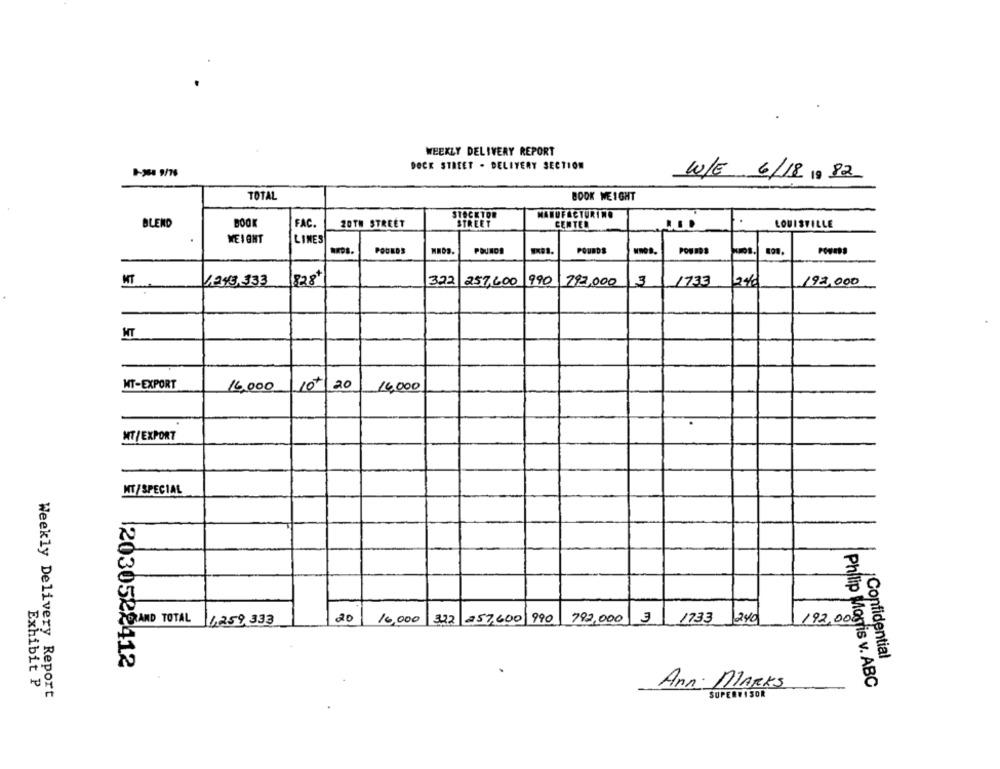
WEEKLY DELIVERY REPORT
DOCK STREET . DELIVERY SECTION
W/E 6/18 19 82
TOTAL
BOOK WEIGHT
STOCKTON
MANUFACTURING
BLEND
BOOK
20TH STREET
STREET
CENTER
FAC.
LOUISVILLE
WEIGHT
LINES
POULOS
MMO9.
POUNDS
POURDS
MT
1243,333
828+
322
257,600
990
297,000
3
1733
2%
192,000
MT
MT-EXPORT
10+/ 20
16,000
14,000
NT/EXPORT
MT/SPECIAL
CORAND TOTAL
4,259,333
20
10,000 322 257,600 19
792,000 3 1733 240
192,008
¡Confidential
12030522412
Exhibit P
Ann: MARKS
Philip Morris v. ABC
Weekly Delivery Report
SUPERVISOR